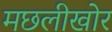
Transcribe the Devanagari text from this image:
मछलीखोर